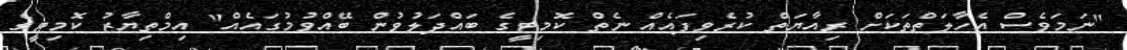
"ނަމަވެސް އެހާލަތްތަކަށް ރިއާޔަތް ކުރެވިފައެއް ނެތް ކޮމިޓީގެ ބައްދަލުވުން ބޭއްވުމުގައެއް" އިމްތިޔާޒު ކޮމިޓީގެ